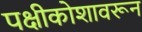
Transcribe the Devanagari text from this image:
पक्षीकोशावरून